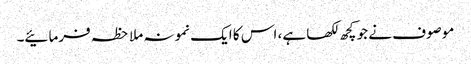
موصوف نے جو کچھ لکھا ہے، اس کا ایک نمونہ ملاحظہ فرمائیے۔